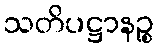
သတိပဋ္ဌာနဉ္စ